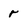
Character: r